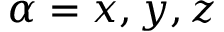
\alpha = x , y , z